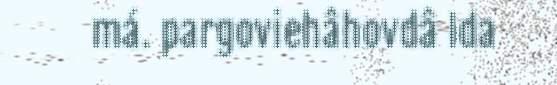
má. pargoviehâhovdâ Ida